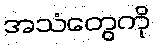
အသံတွေကို